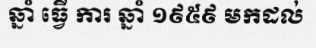
ឆ្នាំ ធ្វើ ការ ឆ្នាំ ១៩៥៩ មកដល់